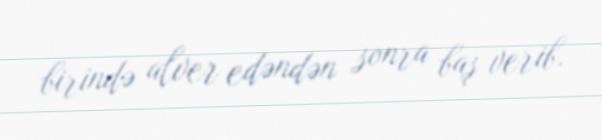
birində alver edəndən sonra baş verib.